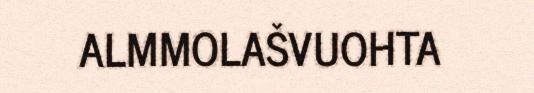
ALMMOLAŠVUOHTA